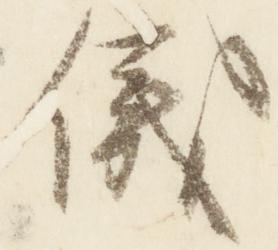
儀